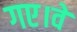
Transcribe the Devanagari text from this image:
गए।वे